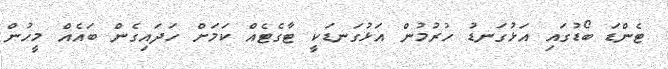
ޓެންޑަ ބޯޑުގައި އަޅުގަނޑު ހުރުމުން އަޅުގަނޑަކީ ޓާގެޓެއް ކަމަށް ހަދައިގެން ބައެއް މީހުން